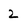
Character: 2